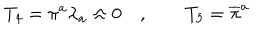
T _ { 4 } = \pi ^ { a } \lambda _ { a } \approx 0 \quad , \qquad T _ { 5 } = \overline { { { \pi } } } ^ { a }